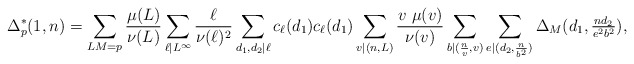
\begin{align*} \Delta^*_p(1,n)= \sum_{LM=p}\frac{\mu(L)}{\nu(L)}\sum_{\ell|L^\infty} \frac{\ell}{\nu(\ell)^2}\sum_{d_1, d_2|\ell}c_\ell(d_1)c_\ell(d_1) \sum_{v|(n,L)}\frac{v\ \mu(v)}{\nu(v)}\sum_{b|(\frac{n}{v}, v)}\sum_{e|(d_2, \frac{n}{b^2})}\Delta_M(d_1, \tfrac{nd_2}{e^2b^2}),\end{align*}